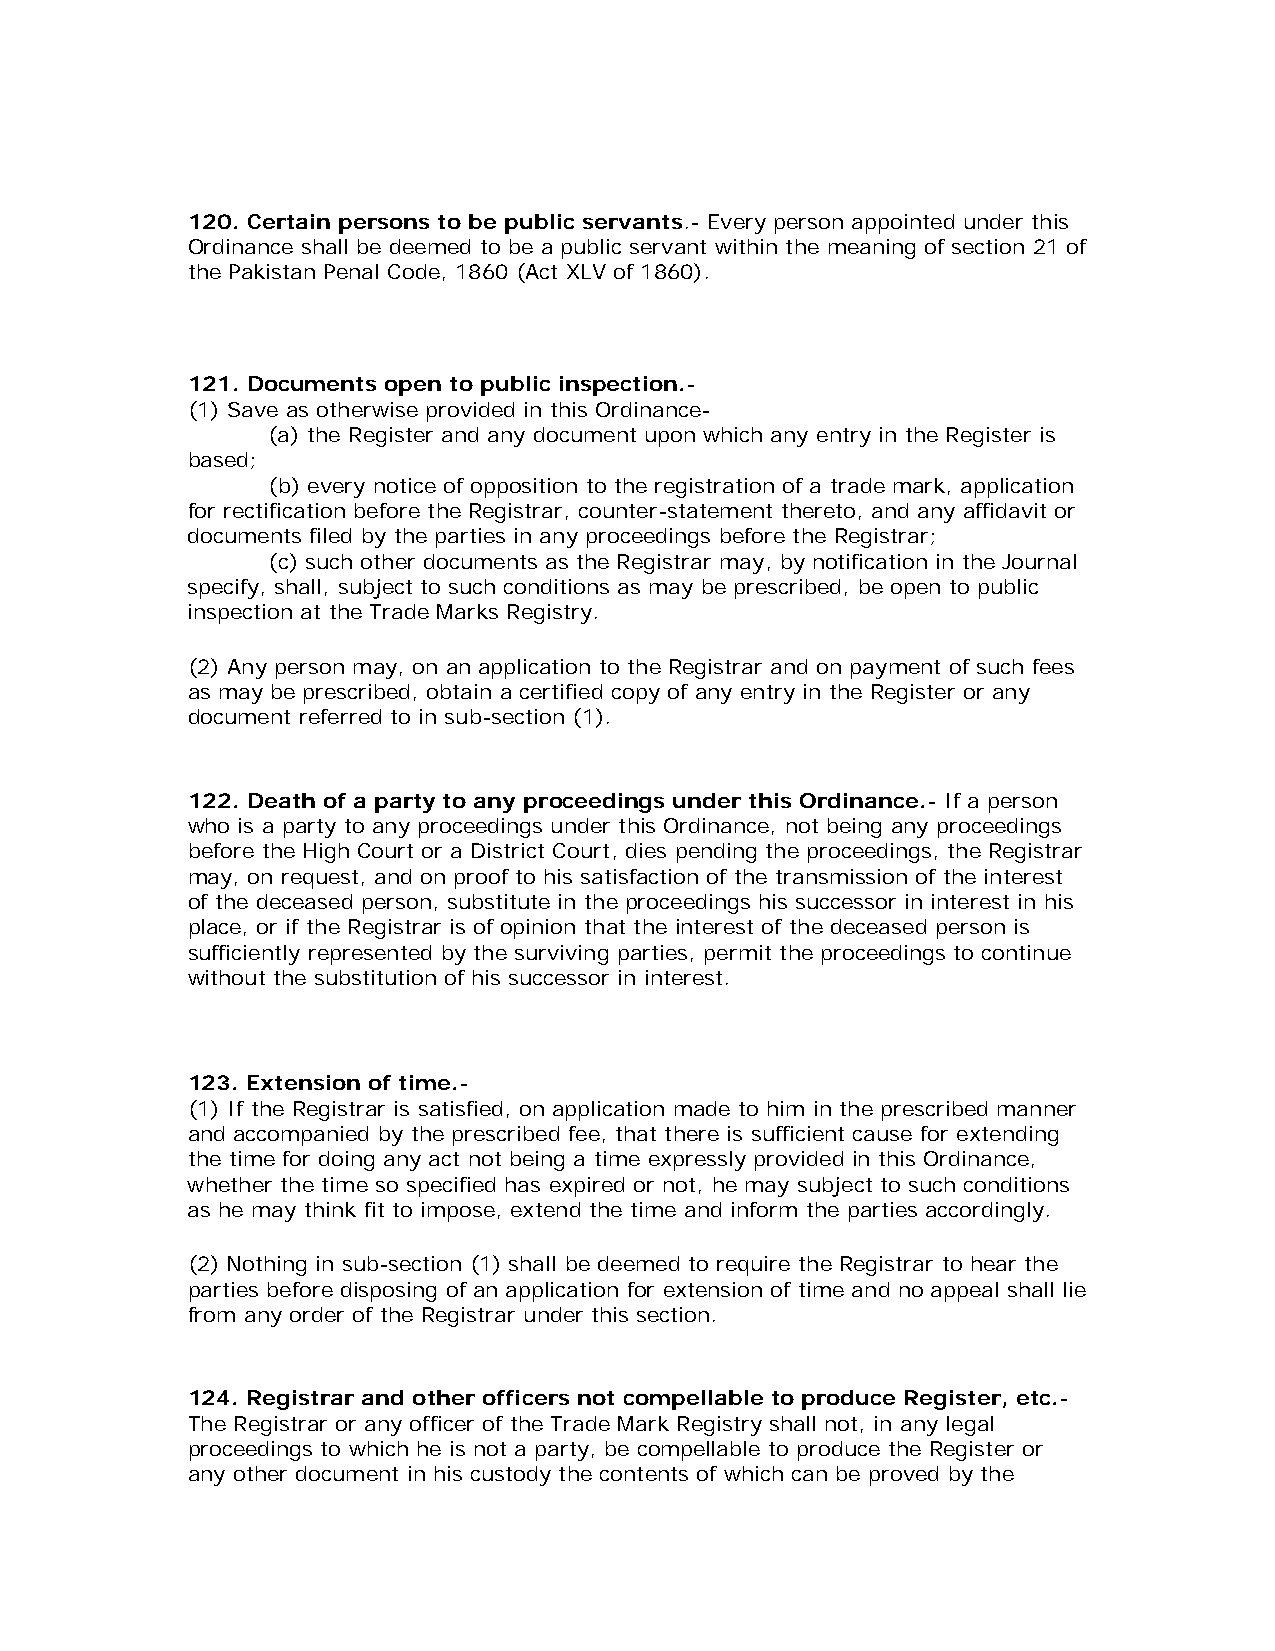
120. Certain persons to be public servants.- Every person appointed under this
 Ordinance shall be deemed to be a public servant within the meaning of section 21 of
 the Pakistan Penal Code, 1860 (Act XLV of 1860).
 121. Documents open to public inspection.-
 (1) Save as otherwise provided in this Ordinance-
 (a) the Register and any document upon which any entry in the Register is
 based;
 (b) every notice of opposition to the registration of a trade mark, application
 for rectification before the Registrar, counter-statement thereto, and any affidavit or
 documents filed by the parties in any proceedings before the Registrar;
 (c) such other documents as the Registrar may, by notification in the Journal
 specify, shall, subject to such conditions as may be prescribed, be open to public
 inspection at the Trade Marks Registry.
 (2) Any person may, on an application to the Registrar and on payment of such fees
 as may be prescribed, obtain a certified copy of any entry in the Register or any
 document referred to in sub-section (1).
 122. Death of a party to any proceedings under this Ordinance.- If a person
 who is a party to any proceedings under this Ordinance, not being any proceedings
 before the High Court or a District Court, dies pending the proceedings, the Registrar
 may, on request, and on proof to his satisfaction of the transmission of the interest
 of the deceased person, substitute in the proceedings his successor in interest in his
 place, or if the Registrar is of opinion that the interest of the deceased person is
 sufficiently represented by the surviving parties, permit the proceedings to continue
 without the substitution of his successor in interest.
 123. Extension of time.-
 (1) If the Registrar is satisfied, on application made to him in the prescribed manner
 and accompanied by the prescribed fee, that there is sufficient cause for extending
 the time for doing any act not being a time expressly provided in this Ordinance,
 whether the time so specified has expired or not, he may subject to such conditions
 as he may think fit to impose, extend the time and inform the parties accordingly.
 (2) Nothing in sub-section (1) shall be deemed to require the Registrar to hear the
 parties before disposing of an application for extension of time and no appeal shall lie
 from any order of the Registrar under this section.
 124. Registrar and other officers not compellable to produce Register, etc.-
 The Registrar or any officer of the Trade Mark Registry shall not, in any legal
 proceedings to which he is not a party, be compellable to produce the Register or
 any other document in his custody the contents of which can be proved by the